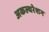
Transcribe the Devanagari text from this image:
अकल्चरेशन